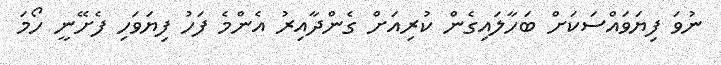
ނުވަ ފިޔަވައްސަކަށް ބަހާލައިގެން ކުރިއަށް ގެންދާއިރު އެންމެ ފަހު ފިޔަވަހި ފެށޭނީ ހޯމަ